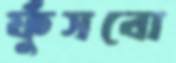
ফুঁসবো